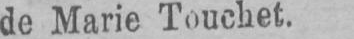
de Marie Touchet.